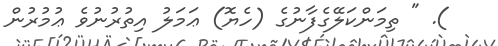
). " ތިމަންކަލޭގެފާނުގެ (ހެޔޮ) ޢަމަލު އިތުރުނުވެ ޢުމުރުން